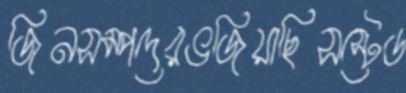
জিনসম্পদেরভজিয়াছিসস্টেড